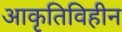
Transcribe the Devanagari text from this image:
आकृतिविहीन